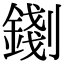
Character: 𨪑